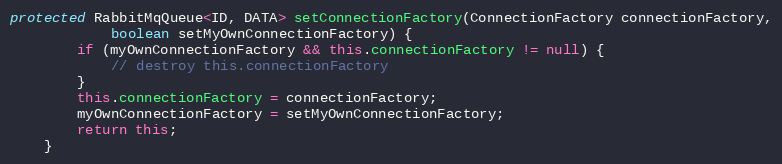
Language: Java
protected RabbitMqQueue<ID, DATA> setConnectionFactory(ConnectionFactory connectionFactory,
            boolean setMyOwnConnectionFactory) {
        if (myOwnConnectionFactory && this.connectionFactory != null) {
            // destroy this.connectionFactory
        }
        this.connectionFactory = connectionFactory;
        myOwnConnectionFactory = setMyOwnConnectionFactory;
        return this;
    }